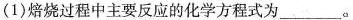
(1)焙烧过程中主要反应的化学方程式为___。